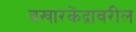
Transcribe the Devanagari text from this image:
वखारकेंद्रावरील